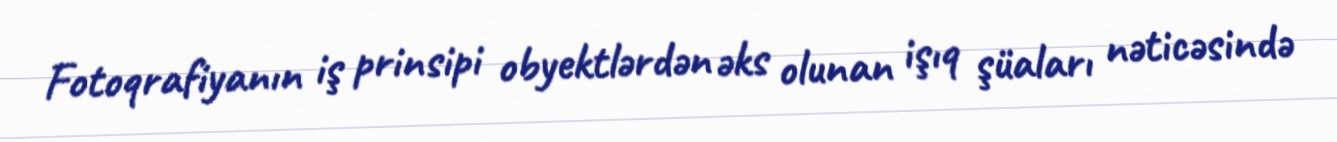
Fotoqrafiyanın iş prinsipi obyektlərdən əks olunan işıq şüaları nəticəsində